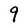
Character: 9